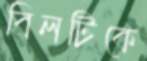
বিলটিকে